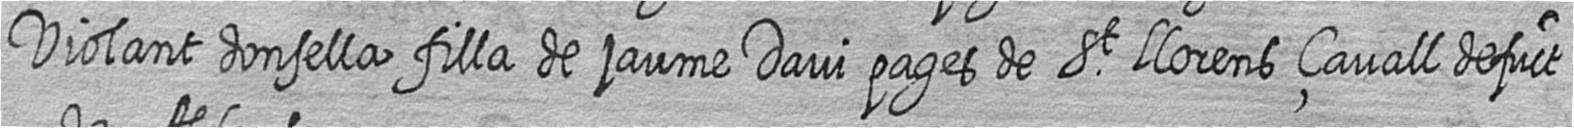
Violant donsella filla de jaume Davi pages de St LLorens çavall defuct